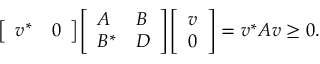
{ \left[ \begin{array} { l l } { v ^ { * } } & { 0 } \end{array} \right] } { \left[ \begin{array} { l l } { A } & { B } \\ { B ^ { * } } & { D } \end{array} \right] } { \left[ \begin{array} { l } { v } \\ { 0 } \end{array} \right] } = v ^ { * } A v \geq 0 .